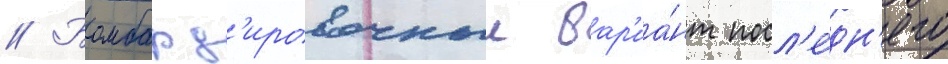
// Бомбард'ировочныи вар'иа́нт посл'е́дн'его